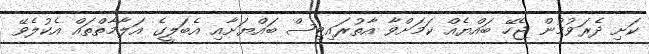
ކަށި ދެރަވުމުން ޖެހޭ ބައްޔެއް ކަމަށްވާ އާތުރައިޓިސް ބައްޔަށާއި އެބަލީގެ އަލާމާތްތައް އެކުލެވޭ